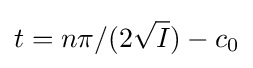
t=n\pi /(2{\sqrt {I}})-c_{0}